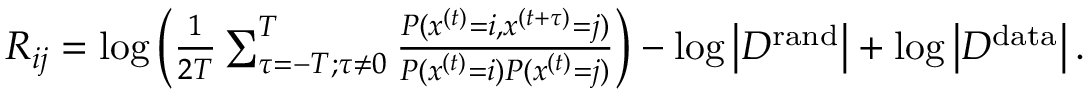
\begin{array} { r } { R _ { i j } = \log \left( \frac { 1 } { 2 T } \sum _ { \tau = - T ; \tau \neq 0 } ^ { T } \frac { P ( x ^ { ( t ) } = i , x ^ { ( t + \tau ) } = j ) } { P ( x ^ { ( t ) } = i ) P ( x ^ { ( t ) } = j ) } \right) - \log \left| { \cal D } ^ { \mathrm { r a n d } } \right| + \log \left| { \cal D } ^ { \mathrm { d a t a } } \right| . } \end{array}